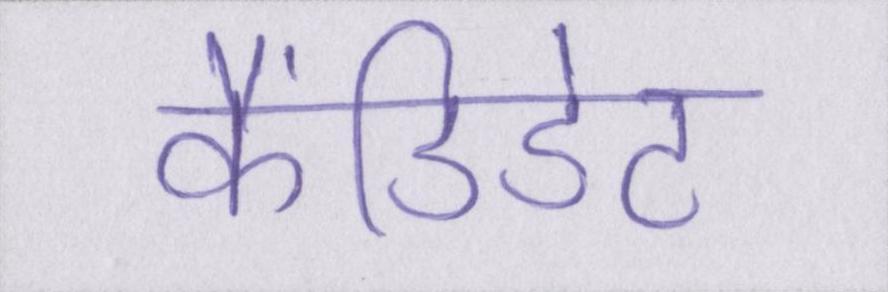
कैंडिडेट